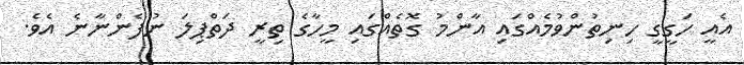
އެއީ ހަގީގީ ހިނިތުންވުމެއްގައި އާންމު ގޮތެއްގައި މީހާގެ ތިރީ ދަތްޕިލަ ނުފެންނާނެ އެވެ.